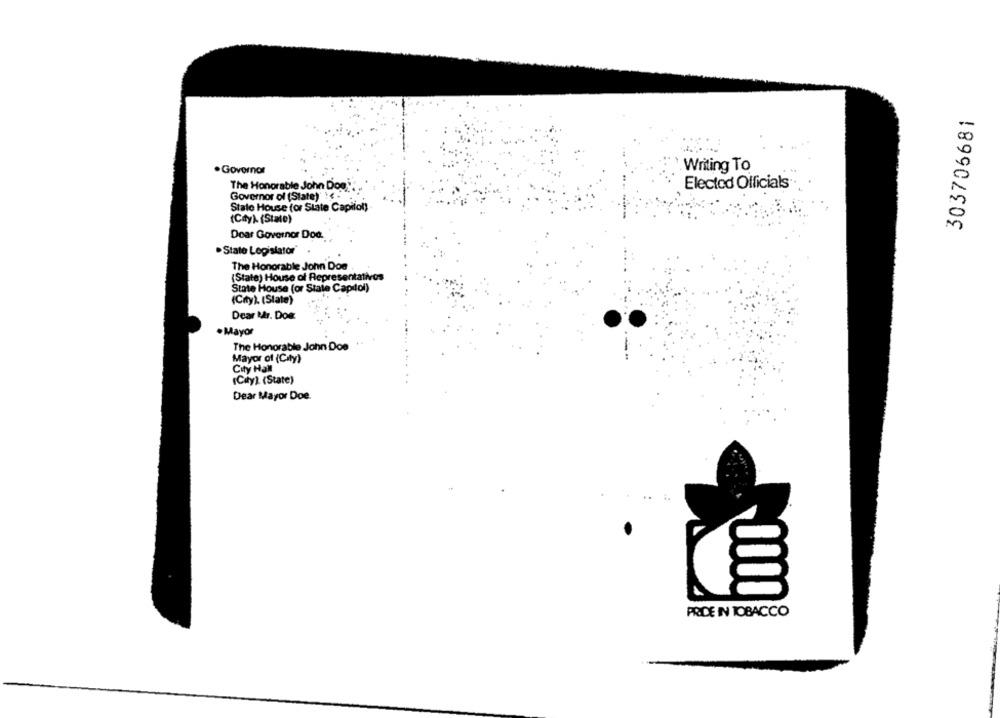
303706681
. Governor
Writing To
The Honorable John Doe
Elected Officials®
Governor of (State)" !< :
State House for State Capitol)
(City)- (State)
Dear Governor Dod.
.State Legislator'
The Honorable John Doe
(State) House of Representatives
State House (or State Capitol)
(City). (Slate)
Dear Mr. Dos
.Mayor
The Honorable John Doe
Mayor of (City)
City Hall
(Cary) (State)
Dear Mayor Doe.
PRICE IN TOBACCO